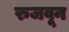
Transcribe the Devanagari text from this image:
रुजवून